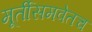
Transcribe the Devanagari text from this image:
मूर्तीसमवेतच